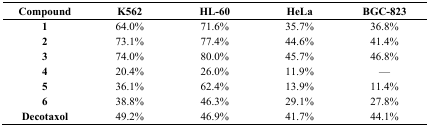
<table><thead><tr><td><b>Compound</b></td><td><b>K562</b></td><td><b>HL-60</b></td><td><b>HeLa</b></td><td><b>BGC-823</b></td></tr></thead><tbody><tr><td><b>1</b></td><td>64.0%</td><td>71.6%</td><td>35.7%</td><td>36.8%</td></tr><tr><td><b>2</b></td><td>73.1%</td><td>77.4%</td><td>44.6%</td><td>41.4%</td></tr><tr><td><b>3</b></td><td>74.0%</td><td>80.0%</td><td>45.7%</td><td>46.8%</td></tr><tr><td><b>4</b></td><td>20.4%</td><td>26.0%</td><td>11.9%</td><td>—</td></tr><tr><td><b>5</b></td><td>36.1%</td><td>62.4%</td><td>13.9%</td><td>11.4%</td></tr><tr><td><b>6</b></td><td>38.8%</td><td>46.3%</td><td>29.1%</td><td>27.8%</td></tr><tr><td><b>Decotaxol</b></td><td>49.2%</td><td>46.9%</td><td>41.7%</td><td>44.1%</td></tr></tbody></table>